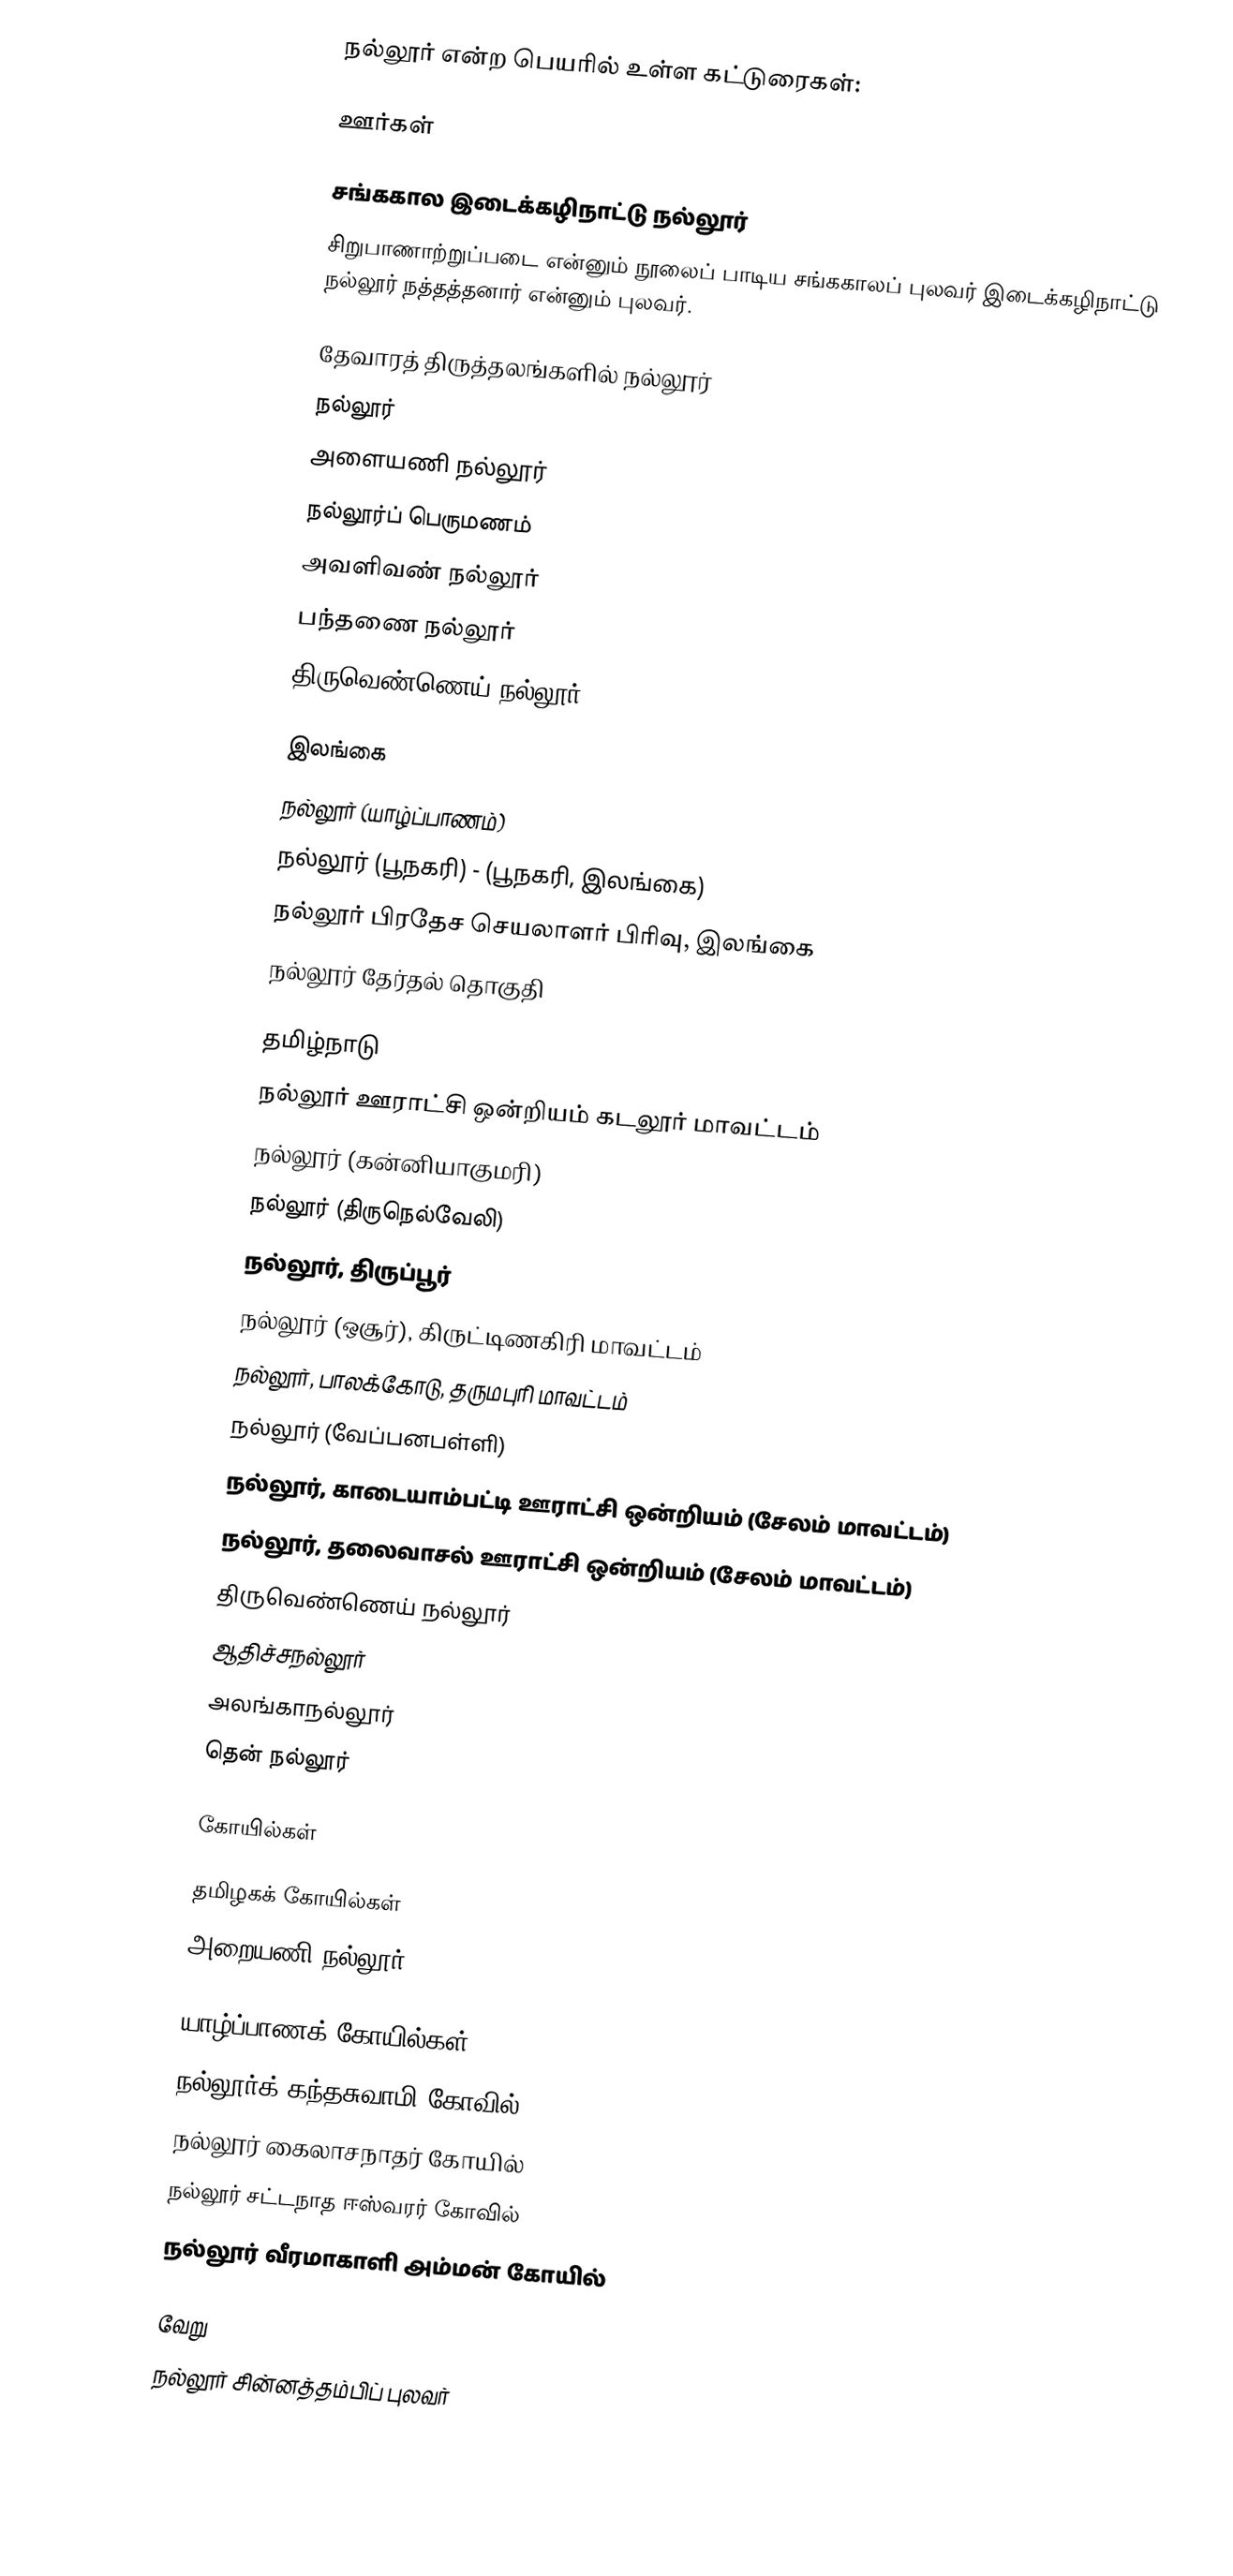
நல்லூர் என்ற பெயரில் உள்ள கட்டுரைகள்:

ஊர்கள்

சங்ககால இடைக்கழிநாட்டு நல்லூர்
சிறுபாணாற்றுப்படை என்னும் நூலைப் பாடிய சங்ககாலப் புலவர் இடைக்கழிநாட்டு நல்லூர் நத்தத்தனார் என்னும் புலவர்.

தேவாரத் திருத்தலங்களில் நல்லூர்
நல்லூர்
அளையணி நல்லூர்
நல்லூர்ப் பெருமணம்
அவளிவண் நல்லூர்
பந்தணை நல்லூர்
திருவெண்ணெய் நல்லூர்

இலங்கை
 நல்லூர் (யாழ்ப்பாணம்)
 நல்லூர் (பூநகரி) - (பூநகரி, இலங்கை)
 நல்லூர் பிரதேச செயலாளர் பிரிவு, இலங்கை
 நல்லூர் தேர்தல் தொகுதி

தமிழ்நாடு
 நல்லூர் ஊராட்சி ஒன்றியம்  கடலூர் மாவட்டம்
 நல்லூர் (கன்னியாகுமரி)
 நல்லூர் (திருநெல்வேலி)
 நல்லூர், திருப்பூர்
 நல்லூர் (ஒசூர்), கிருட்டிணகிரி மாவட்டம்
 நல்லூர், பாலக்கோடு, தருமபுரி மாவட்டம்
 நல்லூர் (வேப்பனபள்ளி)
 நல்லூர், காடையாம்பட்டி ஊராட்சி ஒன்றியம் (சேலம் மாவட்டம்)
 நல்லூர், தலைவாசல் ஊராட்சி ஒன்றியம் (சேலம் மாவட்டம்)
 திருவெண்ணெய் நல்லூர்
 ஆதிச்சநல்லூர்
 அலங்காநல்லூர்
 தென் நல்லூர்

கோயில்கள்

தமிழகக் கோயில்கள்
 அறையணி நல்லூர்

யாழ்ப்பாணக் கோயில்கள்
 நல்லூர்க் கந்தசுவாமி கோவில்
 நல்லூர் கைலாசநாதர் கோயில்
 நல்லூர் சட்டநாத ஈஸ்வரர் கோவில்
 நல்லூர் வீரமாகாளி அம்மன் கோயில்

வேறு
 நல்லூர் சின்னத்தம்பிப் புலவர்